Annual administration report of the Civil Veterinary Department, Ajmere-Merwara, British Rajputana - 1914-1940
Year: 1914
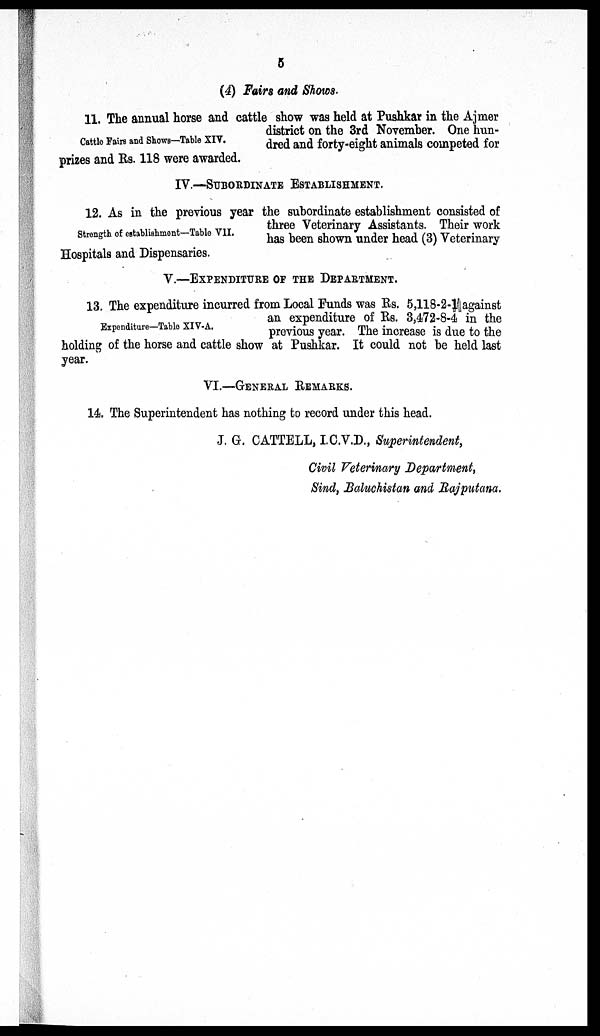
5
(4) Fairs and Shows.
Cattle Fairs and Shows—Table XIV.
11. The annual horse and cattle show was held at Pushkar in the Ajmer
district on the 3rd November. One hun-
dred and forty-eight animals competed for
prizes and Rs. 118 were awarded.
IV.—SUBORDINATE ESTABLISHMENT.
Strength of establishment—Table VII.
12. As in the previous year the subordinate establishment consisted of
three Veterinary Assistants. Their work
has been shown under head (3) Veterinary
Hospitals and Dispensaries.
V.—EXPENDITURE OF THE DEPARTMENT.
Expenditure—Table XIV-A.
13. The expenditure incurred from Local Funds was Rs. 5,118-2-1 against
an expenditure of Rs. 3,472-8-4 in the
previous year. The increase is due to the
holding of the horse and cattle show at Pushkar. It could not be held last
year.
VI.—GENERAL REMARKS.
14. The Superintendent has nothing to record under this head.
J. G. CATTELL, I.C.V.D., Superintendent,
Civil Veterinary Department,
Sind, Baluchistan and Rajputana.